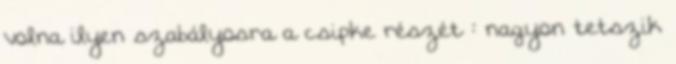
volna ilyen szabályosra a csipke részét : nagyon tetszik